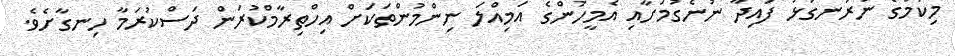
މިކަމުގެ ނުރަނގަޅު ފައިދާ ނުނެގުމަށާއި އެމީހުންގެ އަމިއްލަ ނިންމުންތަކަށް އިހްތިރާމްކުރަން ދަސްކުރަމާ ހިނގާށެވެ.